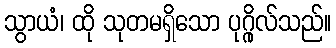
သွာယံ၊ ထို သုတမရှိသော ပုဂ္ဂိုလ်သည်။